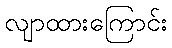
လျာထားကြောင်း